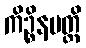
ကိဉ္စိနမတ္ထိ